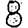
Digit: 8